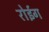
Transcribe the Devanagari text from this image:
रोईग